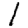
Digit: 1